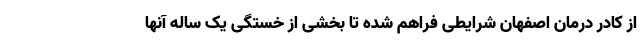
از کادر درمان اصفهان شرایطی فراهم شده تا بخشی از خستگی یک ساله آنها